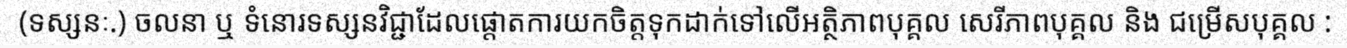
(ទស្សនៈ.) ចលនា ឬ ទំនោរទស្សនវិជ្ជាដែលផ្តោតការយកចិត្តទុកដាក់ទៅលើអត្ថិភាពបុគ្គល សេរីភាពបុគ្គល និង ជម្រើសបុគ្គល :